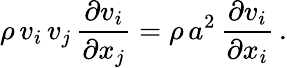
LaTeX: \rho\, v_{i}\, v_{j}\, {\frac{\partial v_{i}}{\partial x_{j}}}=\rho\, a^{2}\, {\frac{\partial v_{i}}{\partial x_{i}}}\, .